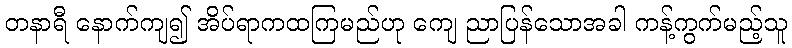
တနာရီ နောက်ကျ၍ အိပ်ရာကထကြမည်ဟု ကျေ ညာပြန်သောအခါ ကန့်ကွက်မည့်သူ